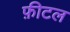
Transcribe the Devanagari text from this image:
फ़ीटल